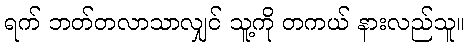
ရက် ဘတ်တလာသာလျှင် သူ့ကို တကယ် နားလည်သူ။